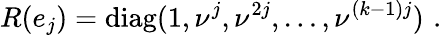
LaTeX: R(e_{j})=\mathrm{diag}(1,\nu^{j},\nu^{2j},\ldots,\nu^{(k-1)j})\, \, .